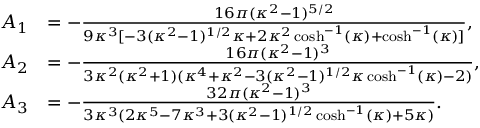
\begin{array} { r l } { A _ { 1 } } & { = - \frac { 1 6 \pi ( \kappa ^ { 2 } - 1 ) ^ { 5 / 2 } } { 9 \kappa ^ { 3 } [ - 3 ( \kappa ^ { 2 } - 1 ) ^ { 1 / 2 } \kappa + 2 \kappa ^ { 2 } \cosh ^ { - 1 } ( \kappa ) + \cosh ^ { - 1 } ( \kappa ) ] } , } \\ { A _ { 2 } } & { = - \frac { 1 6 \pi ( \kappa ^ { 2 } - 1 ) ^ { 3 } } { 3 \kappa ^ { 2 } ( \kappa ^ { 2 } + 1 ) ( \kappa ^ { 4 } + \kappa ^ { 2 } - 3 ( \kappa ^ { 2 } - 1 ) ^ { 1 / 2 } \kappa \cosh ^ { - 1 } ( \kappa ) - 2 ) } , } \\ { A _ { 3 } } & { = - \frac { 3 2 \pi ( \kappa ^ { 2 } - 1 ) ^ { 3 } } { 3 \kappa ^ { 3 } ( 2 \kappa ^ { 5 } - 7 \kappa ^ { 3 } + 3 ( \kappa ^ { 2 } - 1 ) ^ { 1 / 2 } \cosh ^ { - 1 } ( \kappa ) + 5 \kappa ) } . } \end{array}